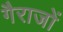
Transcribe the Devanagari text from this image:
गैराजों